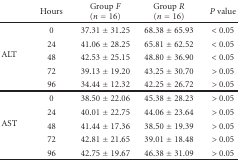
<table><thead><tr><td></td><td><b>Hours</b></td><td><b>Group <i>F</i> (<i>n</i> = 16)</b></td><td><b>Group <i>R</i> (<i>n</i> = 16)</b></td><td><b><i>P</i> value</b></td></tr></thead><tbody><tr><td rowspan="5">ALT</td><td>0</td><td>37.31 ± 31.25</td><td>68.38 ± 65.93</td><td>&lt; 0.05</td></tr><tr><td>24</td><td>41.06 ± 28.25</td><td>65.81 ± 62.52</td><td>&lt; 0.05</td></tr><tr><td>48</td><td>42.53 ± 25.15</td><td>48.80 ± 36.90</td><td>&lt; 0.05</td></tr><tr><td>72</td><td>39.13 ± 19.20</td><td>43.25 ± 30.70</td><td>&gt; 0.05</td></tr><tr><td>96</td><td>34.44 ± 12.32</td><td>42.25 ± 26.72</td><td>&gt; 0.05</td></tr><tr><td rowspan="5">AST</td><td>0</td><td>38.50 ± 22.06</td><td>45.38 ± 28.23</td><td>&gt; 0.05</td></tr><tr><td>24</td><td>40.01 ± 22.75</td><td>44.06 ± 23.64</td><td>&gt; 0.05</td></tr><tr><td>48</td><td>41.44 ± 17.36</td><td>38.50 ± 19.39</td><td>&gt; 0.05</td></tr><tr><td>72</td><td>42.81 ± 21.65</td><td>39.01 ± 18.48</td><td>&gt; 0.05</td></tr><tr><td>96</td><td>42.75 ± 19.67</td><td>46.38 ± 31.09</td><td>&gt; 0.05</td></tr></tbody></table>